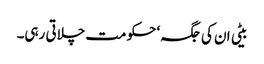
بیٹی ان کی جگہ‘ حکومت چلاتی رہی۔